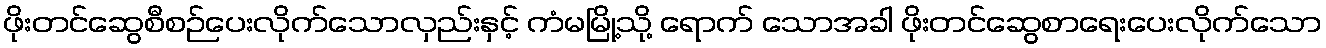
ဖိုးတင်ဆွေစီစဉ်ပေးလိုက်သောလှည်းနှင့် ကံမမြို့သို့ ရောက် သောအခါ ဖိုးတင်ဆွေစာရေးပေးလိုက်သော